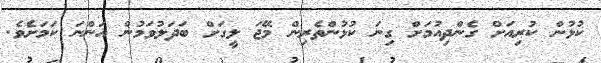
ކުޅުން ކުރިއަށް ގެންދިއުމަށް ގިނަ ކުޅުންތެރިން މޭޖަ ލީގަށް ބަދަލުވަމުން އަންނަ ކަމަށެވެ.